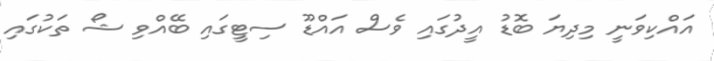
އައްކިވަނީ މިދިޔަ ބޮޑު އީދުގައި ވެސް އައްޑޫ ސިޓީގައި ބޭއްވި ޝޯ ތަކުގައި